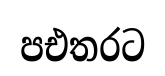
පඑතරට